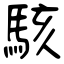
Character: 駭